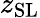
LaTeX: z_{\mathrm{SL}}